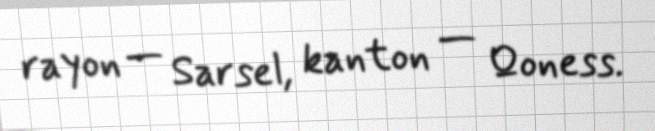
rayon — Sarsel, kanton — Qoness.